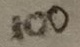
Text: 100